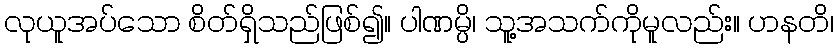
လုယူအပ်သော စိတ်ရှိသည်ဖြစ်၍။ ပါဏမ္ပိ၊ သူ့အသက်ကိုမူလည်း။ ဟနတိ၊